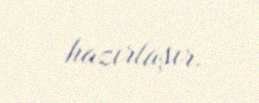
hazırlaşır.